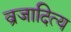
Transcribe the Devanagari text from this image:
व्रजादित्य